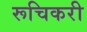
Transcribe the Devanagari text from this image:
रूचिकरी